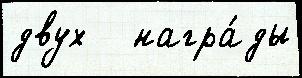
двух   награ́ды